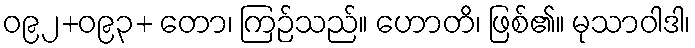
ဝ၉၂+ဝ၉၃+ တော၊ ကြဉ်သည်။ ဟောတိ၊ ဖြစ်၏။ မုသာဝါဒါ၊